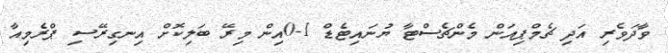
ވާދަވެރި އަދި ޗެމްޕިއަން މެންޗެސްޓާ ޔުނައިޓެޑް 1-0އިން މިރޭ ބަލިކޮށް އިނގިރޭސި ޕްރެމިއާ